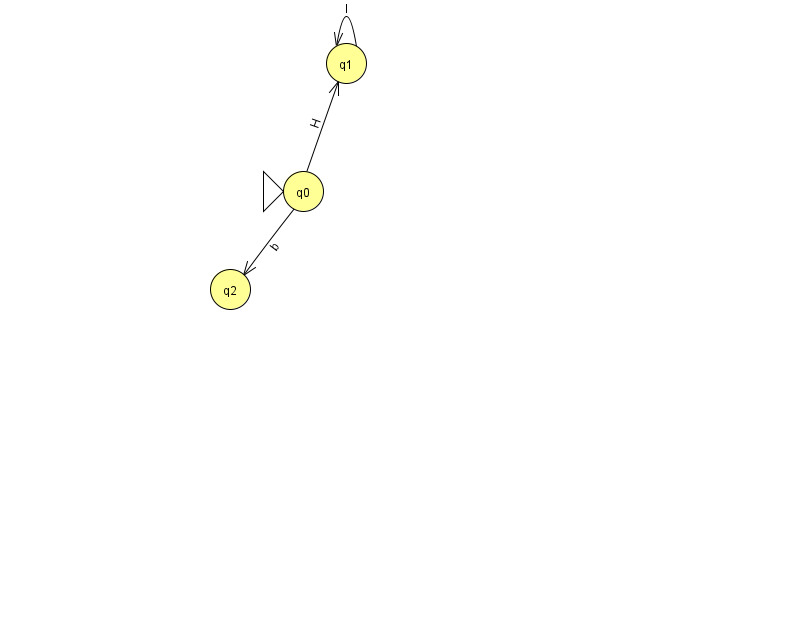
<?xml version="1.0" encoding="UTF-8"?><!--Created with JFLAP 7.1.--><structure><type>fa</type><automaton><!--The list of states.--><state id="0" name="q0"><x>303.0</x><y>178.0</y><initial/></state><state id="1" name="q1"><x>346.0</x><y>50.0</y></state><state id="2" name="q2"><x>230.0</x><y>276.0</y></state><state id="3" name="q3"><x>857.0</x><y>393.0</y><final/></state><!--The list of transitions.--><transition><from>0</from><to>1</to><read>H</read></transition><transition><from>3</from><to>3</to><read>v</read></transition><transition><from>1</from><to>1</to><read>I</read></transition><transition><from>0</from><to>2</to><read>b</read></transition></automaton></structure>